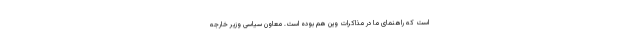
است که راهنمای ما در مذاکرات وین هم بوده است. معاون سیاسی وزیر خارجه